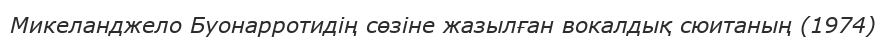
Микеланджело Буонарротидің сөзіне жазылған вокалдық сюитаның (1974)